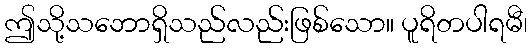
ဤသို့သဘောရှိသည်လည်းဖြစ်သော။ ပူရိတပါရမီ၊